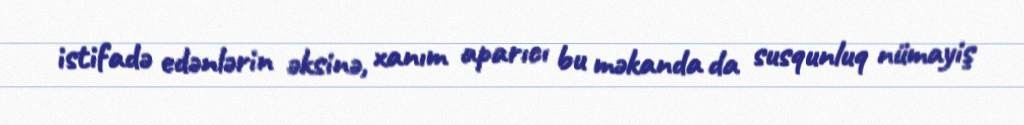
istifadə edənlərin əksinə, xanım aparıcı bu məkanda da susqunluq nümayiş